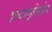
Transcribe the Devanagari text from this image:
शब्दस्मृतिलोप